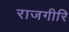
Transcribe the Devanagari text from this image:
राजगीरि